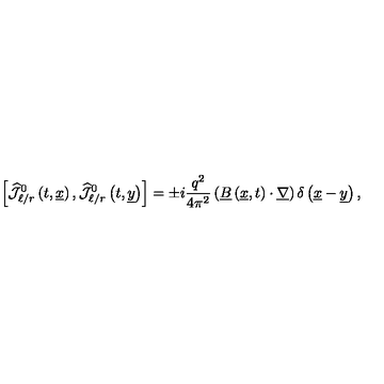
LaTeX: \left[ \widehat { { \mathcal J } } _ { \ell / r } ^ { 0 } \left( t , \underline { { x } } \right) , \widehat { { \mathcal J } } _ { \ell / r } ^ { 0 } \left( t , \underline { { y } } \right) \right] = \pm i \frac { q ^ { 2 } } { 4 \pi ^ { 2 } } \left( \underline { { B } } \left( \underline { { x } } , t \right) \cdot \underline { { \nabla } } \right) \delta \left( \underline { { x } } - \underline { { y } } \right) ,